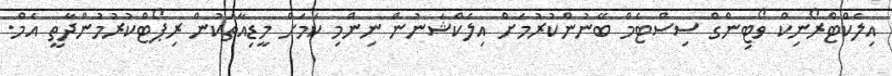
އިލެކްޓްރޯނިކް ވޯޓިންގް ސިސްޓެމް ބޭނުންކުރުމަށް އިލެކްޝަނުން ނިންމި ކަމަށް މީޑިއާތަކުން ރިޕޯޓްކުރުމުންދާތީ އެމް.